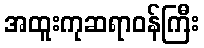
အထူးကုဆရာဝန်ကြီး